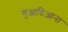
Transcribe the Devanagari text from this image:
गुआदिआना